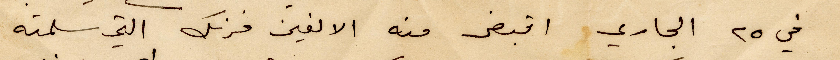
في ٢٥ الجاري اقبض منه الالفين فرنك التي سلمته